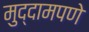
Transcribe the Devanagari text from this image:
मुद्दामपणे